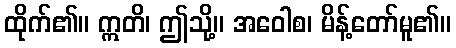
ထိုက်၏။ ဣတိ၊ ဤသို့။ အဝေါစ၊ မိန့်တော်မူ၏။